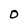
Character: O